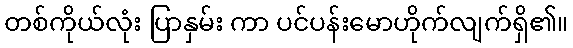
တစ်ကိုယ်လုံး ပြာနှမ်း ကာ ပင်ပန်းမောဟိုက်လျက်ရှိ၏။